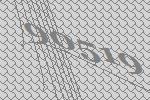
90519